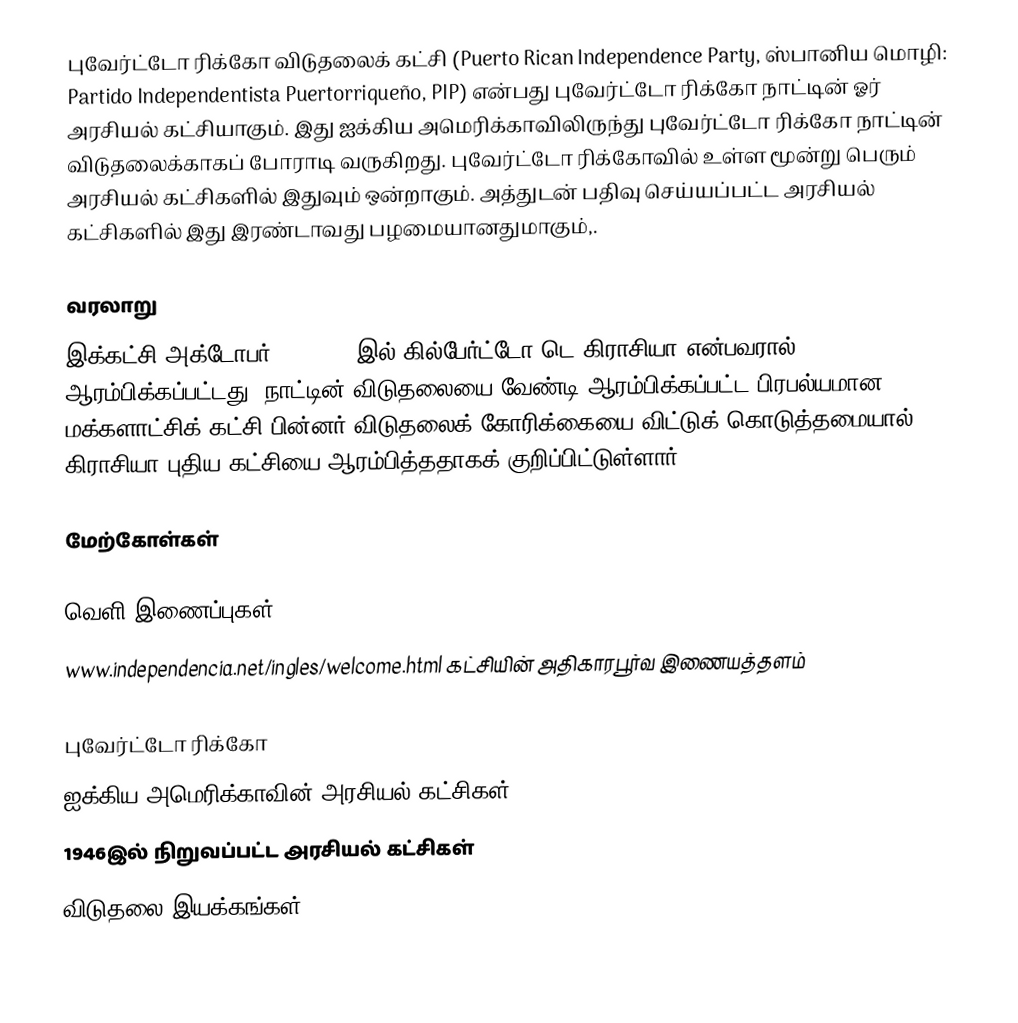
புவேர்ட்டோ ரிக்கோ விடுதலைக் கட்சி (Puerto Rican Independence Party, ஸ்பானிய மொழி: Partido Independentista Puertorriqueño, PIP) என்பது புவேர்ட்டோ ரிக்கோ நாட்டின் ஓர் அரசியல் கட்சியாகும். இது ஐக்கிய அமெரிக்காவிலிருந்து புவேர்ட்டோ ரிக்கோ நாட்டின் விடுதலைக்காகப் போராடி வருகிறது. புவேர்ட்டோ ரிக்கோவில் உள்ள மூன்று பெரும் அரசியல் கட்சிகளில் இதுவும் ஒன்றாகும். அத்துடன் பதிவு செய்யப்பட்ட அரசியல் கட்சிகளில் இது இரண்டாவது பழமையானதுமாகும்,.

வரலாறு
இக்கட்சி அக்டோபர் 20, 1946 இல் கில்பேர்ட்டோ டெ கிராசியா என்பவரால் ஆரம்பிக்கப்பட்டது. நாட்டின் விடுதலையை வேண்டி ஆரம்பிக்கப்பட்ட பிரபல்யமான மக்களாட்சிக் கட்சி பின்னர் விடுதலைக் கோரிக்கையை விட்டுக் கொடுத்தமையால் கிராசியா புதிய கட்சியை ஆரம்பித்ததாகக் குறிப்பிட்டுள்ளார்.

மேற்கோள்கள்

வெளி இணைப்புகள்
 www.independencia.net/ingles/welcome.html கட்சியின் அதிகாரபூர்வ இணையத்தளம்

புவேர்ட்டோ ரிக்கோ
ஐக்கிய அமெரிக்காவின் அரசியல் கட்சிகள்
1946இல் நிறுவப்பட்ட அரசியல் கட்சிகள்
விடுதலை இயக்கங்கள்